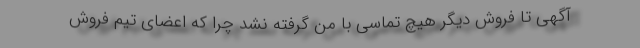
آگهی تا فروش دیگر هیچ تماسی با من گرفته نشد چرا که اعضای تیم فروش